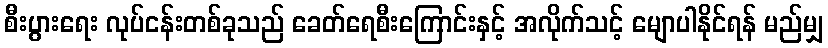
စီးပွားရေး လုပ်ငန်းတစ်ခုသည် ခေတ်ရေစီးကြောင်းနှင့် အလိုက်သင့် မျောပါနိုင်ရန် မည်မျှ